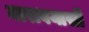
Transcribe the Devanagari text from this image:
मारावयासी